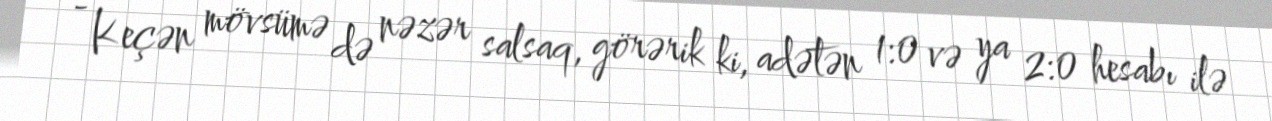
- Keçən mövsümə də nəzər salsaq, görərik ki, adətən 1:0 və ya 2:0 hesabı ilə